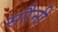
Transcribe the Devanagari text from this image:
सरैनी